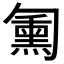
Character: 𱑁